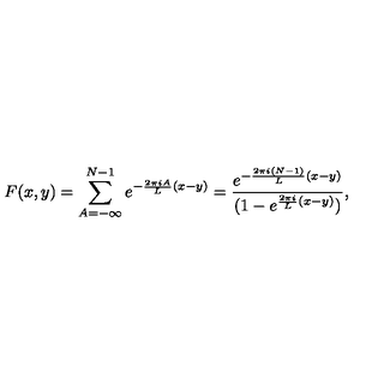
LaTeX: F ( x , y ) = \sum _ { A = - \infty } ^ { N - 1 } e ^ { - { \frac { 2 \pi i A } { L } } ( x - y ) } = { \frac { e ^ { - { \frac { 2 \pi i ( N - 1 ) } { L } } ( x - y ) } } { ( 1 - e ^ { { \frac { 2 \pi i } { L } } ( x - y ) } ) } } ,